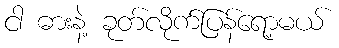
ငါ ဓားနဲ့ ခုတ်လိုက်ပြန်ရော့မယ်